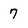
Character: 7